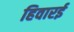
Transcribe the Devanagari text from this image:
हिवारई